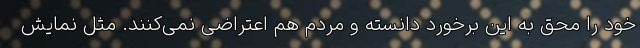
خود را محق به این برخورد دانسته و مردم هم اعتراضی نمی‌کنند. مثل نمایش